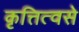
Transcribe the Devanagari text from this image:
कृत्तित्वसे